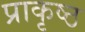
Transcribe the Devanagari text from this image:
प्राकृष्ठ